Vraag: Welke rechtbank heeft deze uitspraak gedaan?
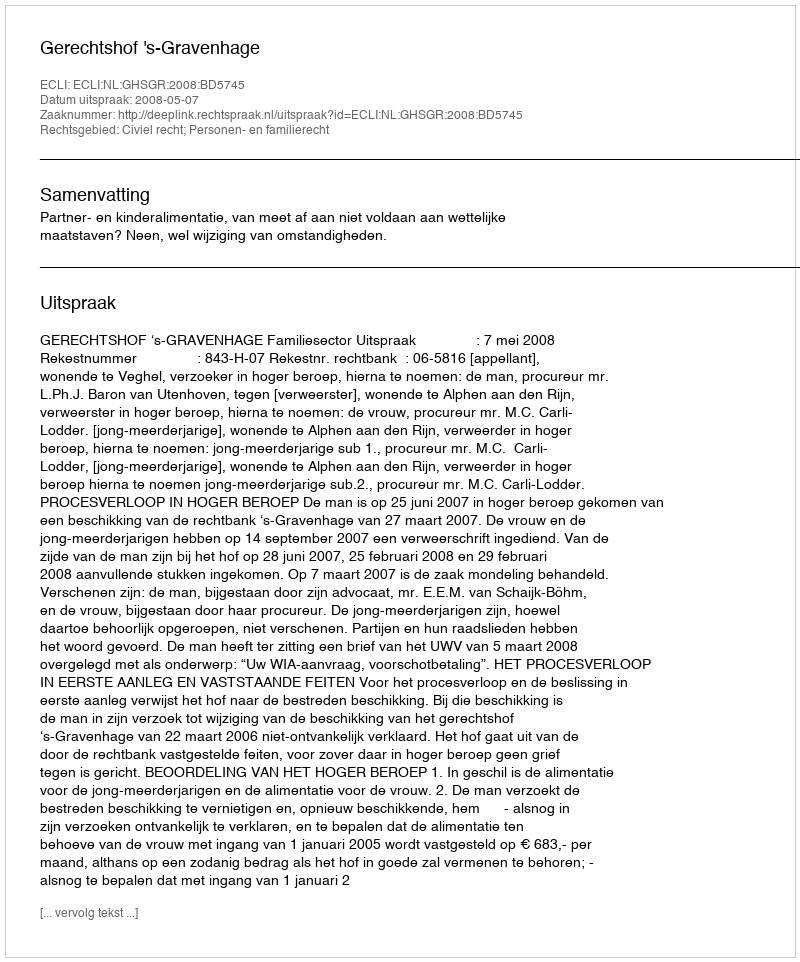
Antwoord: Gerechtshof 's-Gravenhage